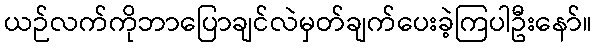
ယဉ်လက်ကိုဘာပြောချင်လဲမှတ်ချက်ပေးခဲ့ကြပါဦးနော်။